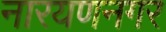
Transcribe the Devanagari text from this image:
नारयणनगर